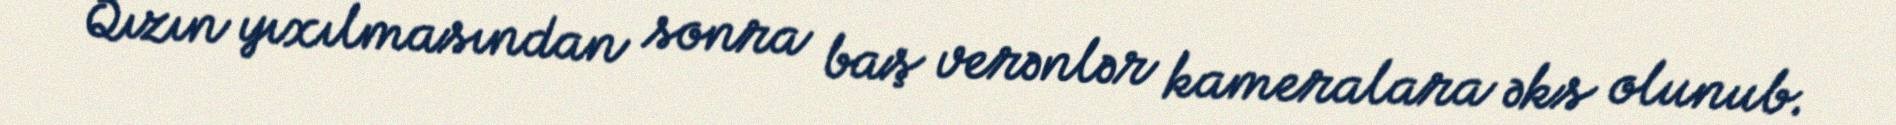
Qızın yıxılmasından sonra baş verənlər kameralara əks olunub.